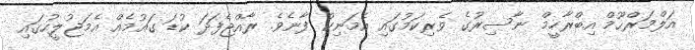
އަލްމަރްޙޫމް އިބްރާހީމް ނާސިރުގެ ވެރިކަމުގައި އެމަނިކު ފާނެވެ. ރާއްޖެފަދަ ކުޑަ ގައުމެއް އެމަޖުލީހުގައި